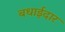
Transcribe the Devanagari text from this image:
बधाईदार